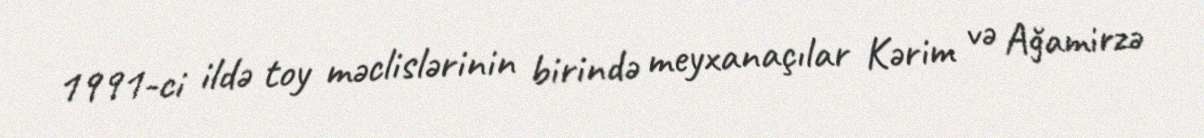
1991-ci ildə toy məclislərinin birində meyxanaçılar Kərim və Ağamirzə